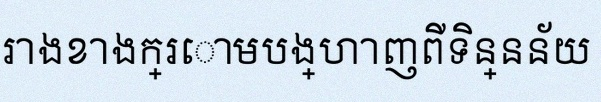
តារាងខាងក្រោមបង្ហាញពីទិន្នន័យ